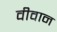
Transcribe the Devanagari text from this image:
वीवान